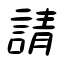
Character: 請